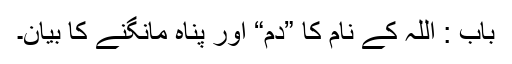
باب : اللہ کے نام کا ”دم“ اور پناہ مانگنے کا بیان۔